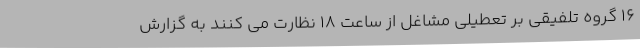
16 گروه تلفیقی بر تعطیلی مشاغل از ساعت 18 نظارت می کنند به گزارش